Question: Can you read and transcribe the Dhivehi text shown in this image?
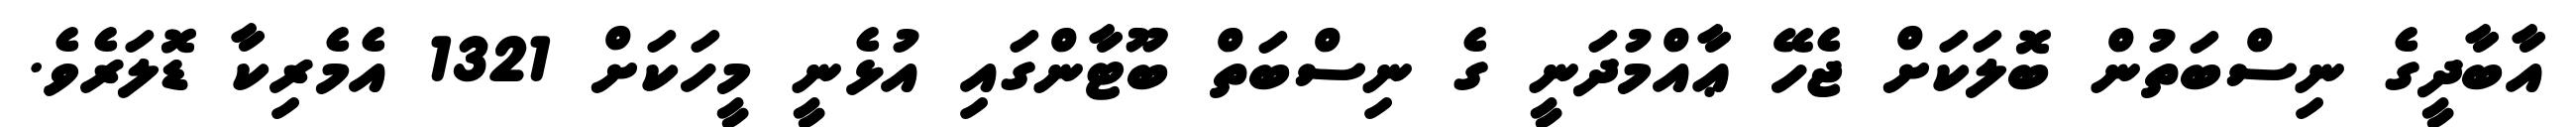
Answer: އާބާދީގެ ނިސްބަތުން ބޮލަކަށް ޖެހޭ ޢާއްމުދަނީ ގެ ނިސްބަތް ބޫޓާންގައި އުޅެނީ މީހަކަށް 1321 އެމެރިކާ ޑޮލަރެވެ.